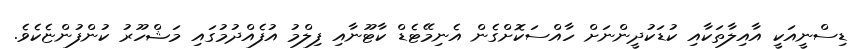
ޑިސްނީއަކީ އާއިލާތަކާއި ކުޑަކުދީންނަށް ހާއްސަކޮށްގެން އެނިމޭޓެޑް ކާޓޫނާއި ފިލްމު އުފެއްދުމުގައި މަޝްހޫރު ކުންފުންޏެކެވެ.